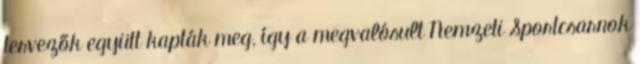
tervezők együtt kapták meg, így a megvalósult Nemzeti Sportcsarnok